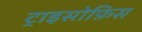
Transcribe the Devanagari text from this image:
ट्राइसोफ़िस